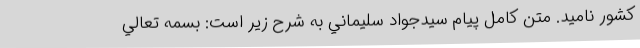
كشور ناميد. متن كامل پيام سيدجواد سليماني به شرح زير است: بسمه تعالي